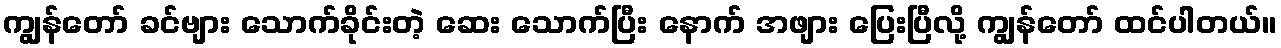
ကျွန်တော် ခင်ဗျား သောက်ခိုင်းတဲ့ ဆေး သောက်ပြီး နောက် အဖျား ပြေးပြီလို့ ကျွန်တော် ထင်ပါတယ်။